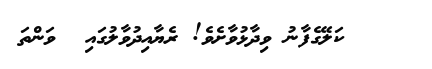
ކަލޭގެފާނު ވިދާޅުވާށެވެ! ރެޔާއިދުވާލުގައި  ވަންތަ